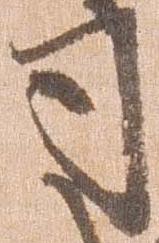
司